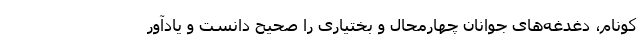
کونام، دغدغه‌های جوانان چهارمحال و بختیاری را صحیح دانست و یادآور